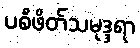
ပစိဖိတ်သမုဒ္ဒရာ